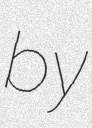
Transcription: by